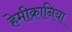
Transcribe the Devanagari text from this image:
हेमीक्रानिया